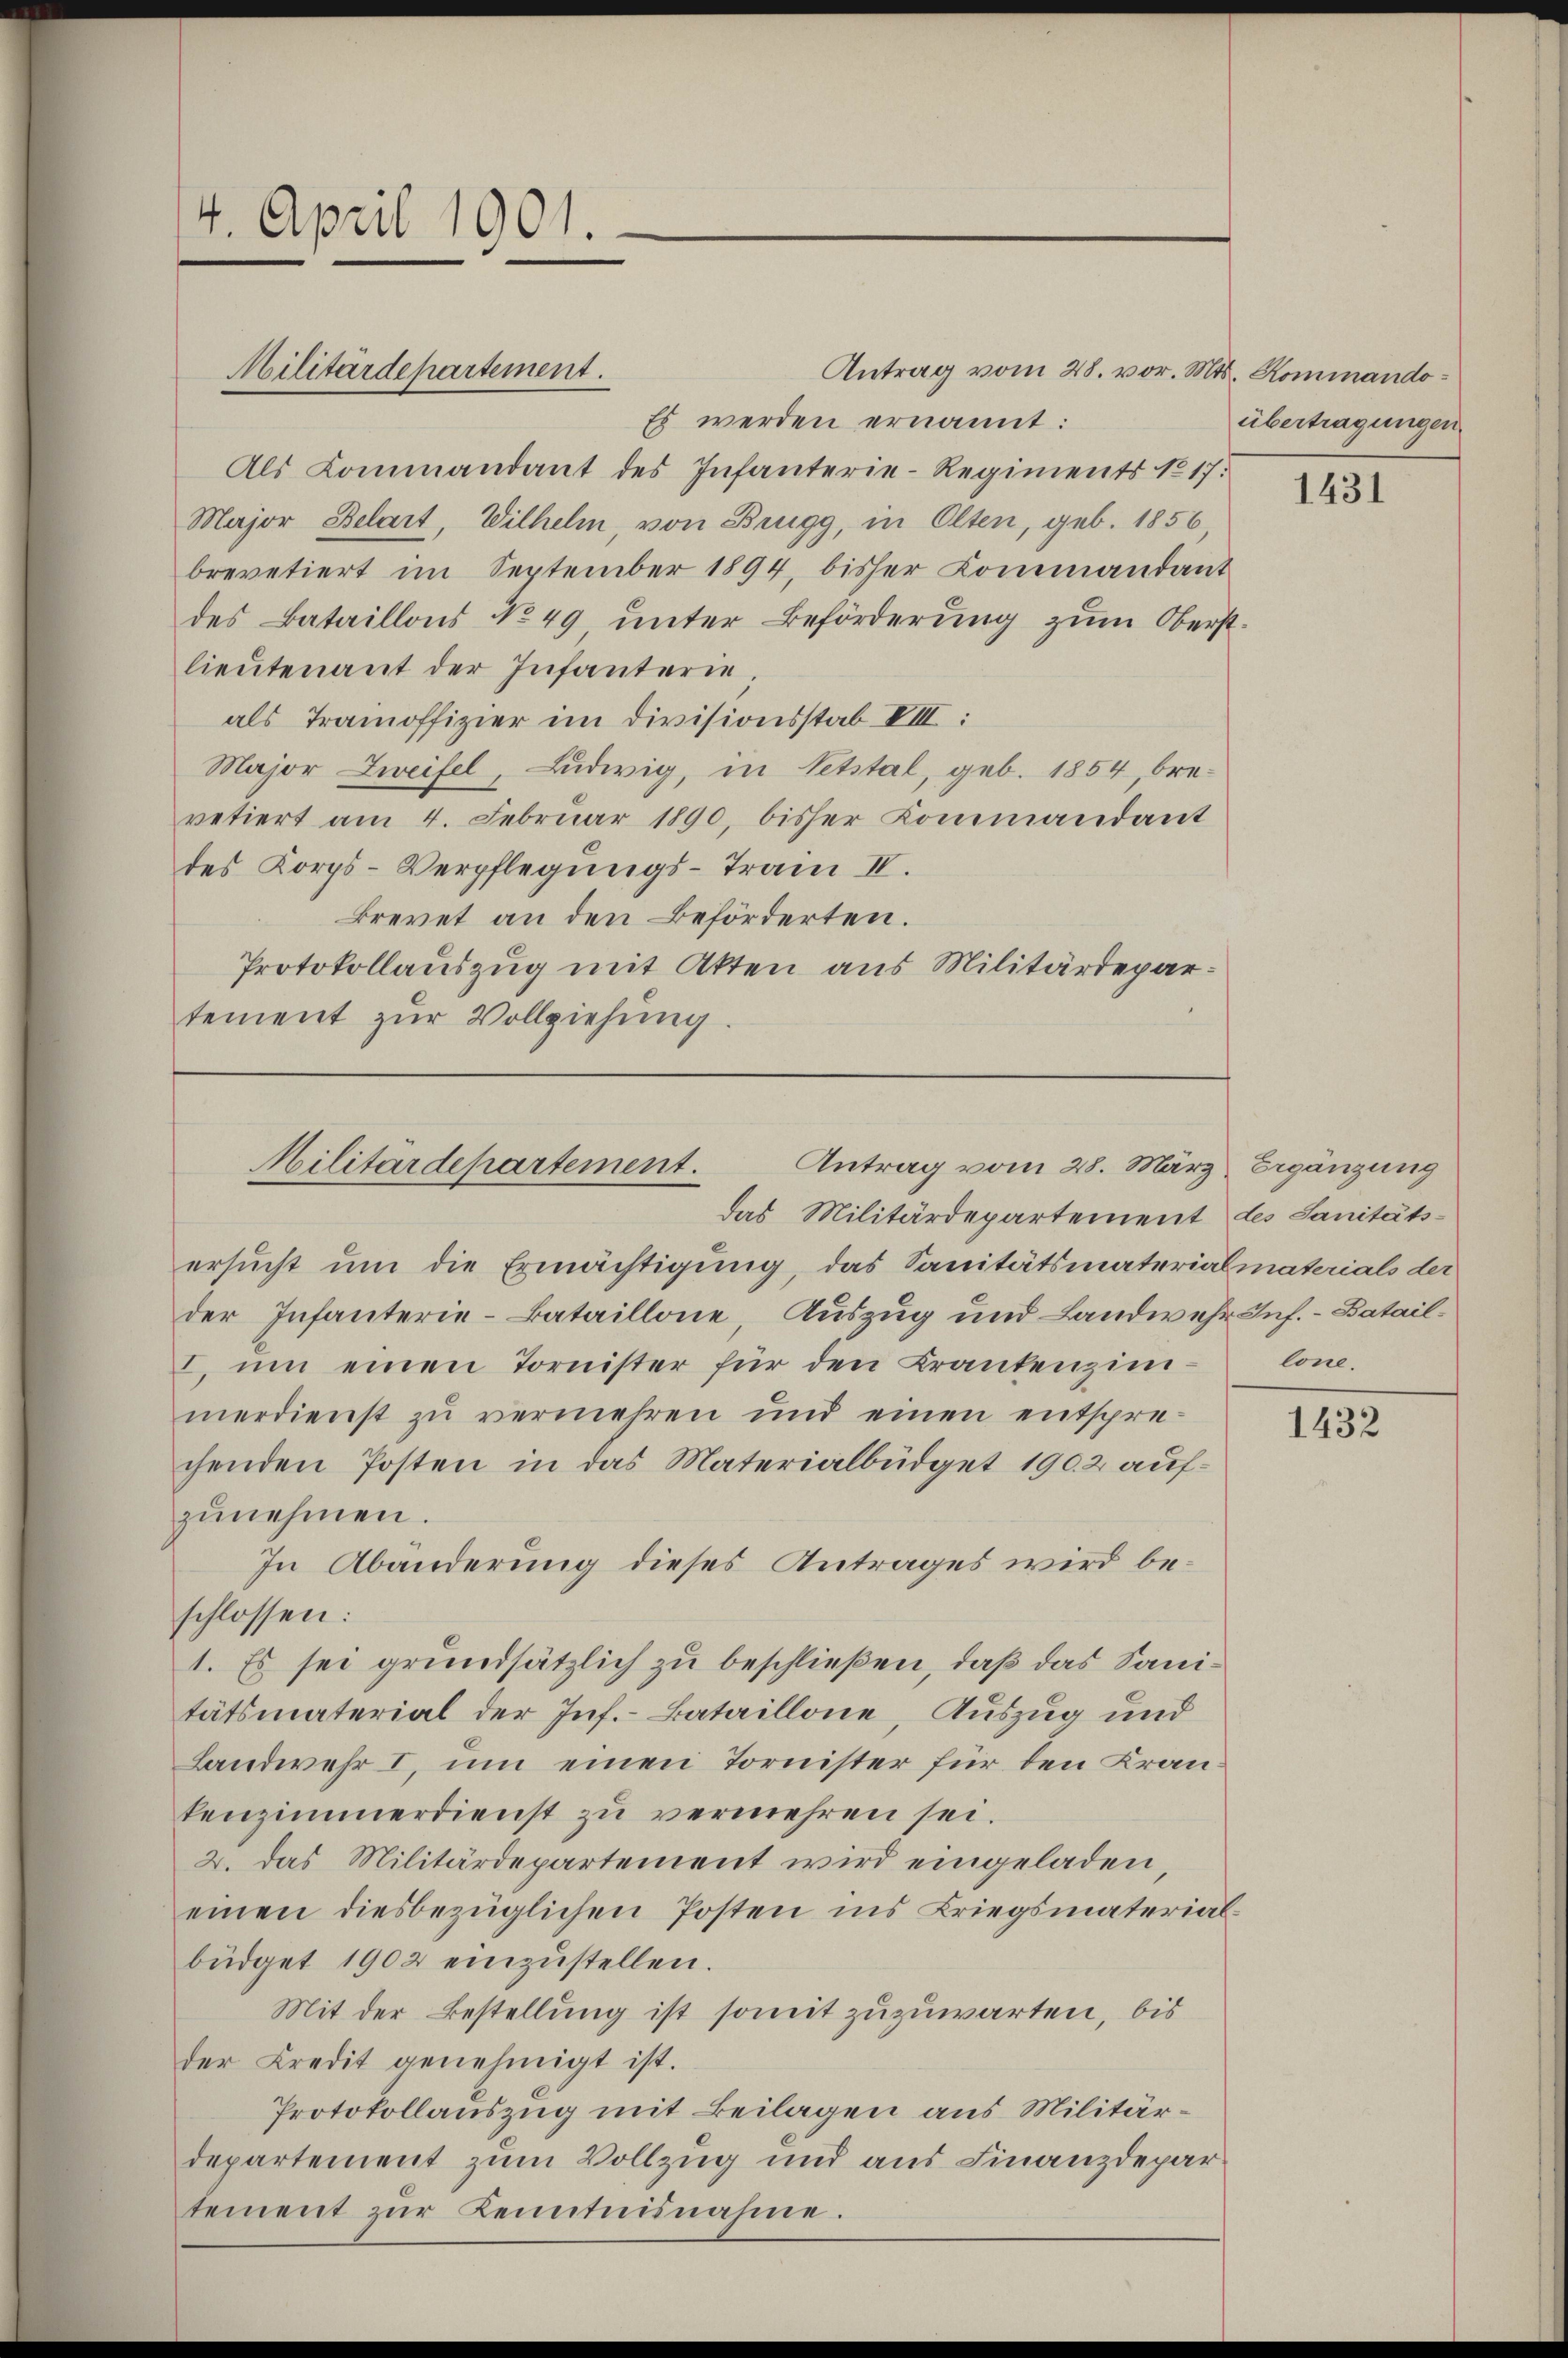
4. April 1901.

Antrag vom 28. vor. Mts. Kommando¬
Es werden ernannt:
Als Kommandant des Infanterie-Regiments No 17.
Major Belart, Wilhelm, von Brugg, in Olten, geb. 1856,
brevetiert im September 1894, bisher Kommandant
des Bataillons No 49 unter Beförderung zum Oberst
lieŭtenant der Infanterie,
als Trainoffizier im Divisionsstab VIII:
Major Zweifel, Ludwig, in Vetstal, geb. 1854, brevetiert am 4. Februar 1890, bisher Kommandant
des Korps-Verpflegungs-Train IV.
krevet an den Beförderten.
Protokollauszug mit Akten aus Militärdepartement zŭr Vollziehung.

Militärdepartement.

ersucht um die Ermächtigung, das Sanitätsmaterialmaterials der
der Infanterie-Bataillone Auszug und Landwehr Inf. – Batail¬
I. ŭm einen Tornister für den Krankenzin-
merdienst zu vermehren und einen entsprechenden Posten in das Materialbüdget 1902 aufzŭnehmen.
In Abänderung dieses Antrages wird beschlossen:
1. Es sei grundsätzlich zu beschließen, daß das Sanitätsmaterial der Inf.-Bataillone, Auszug und
Landwehr I, um einen Tornister für den Kran
kenzimmerdienst zu vermehren sei.
2. das Militärdepartement wird eingeladen,
einen diesbezüglichen Posten ins Briegsmaterial-
büdget 1902 einzŭstellen.
Mit der Bestellung ist somit zuzuwarten, bis
der Credit genehmigt ist.
Protokollauszug mit Beilagen aus Militärdepartement zum Vollzug und aus Finanzdepar
tement zur Kenntnisnahme.

Antrag vom 28. März, Ergänzung
Militärdepartement.

das Militärdepartement des Sanitäts-

übertragungen.

1431

lone.

1432